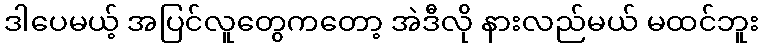
ဒါပေမယ့် အပြင်လူတွေကတော့ အဲဒီလို နားလည်မယ် မထင်ဘူး